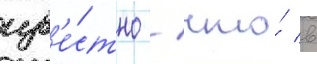
изв'е́стно / что́ в